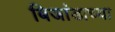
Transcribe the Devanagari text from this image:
बिजांडाच्या